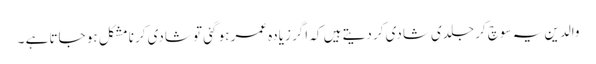
والدین یہ سوچ کر جلدی شادی کر دیتے ہیں کہ اگر زیادہ عمر ہو گئی تو شادی کرنا مشکل ہو جاتا ہے ۔